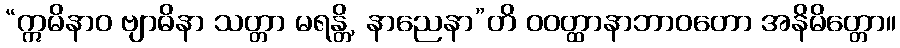
“ဣမိနာဝ ဗျာဓိနာ သတ္တာ မရန္တိ, နာညေနာ”တိ ဝဝတ္ထာနာဘာဝတော အနိမိတ္တော။